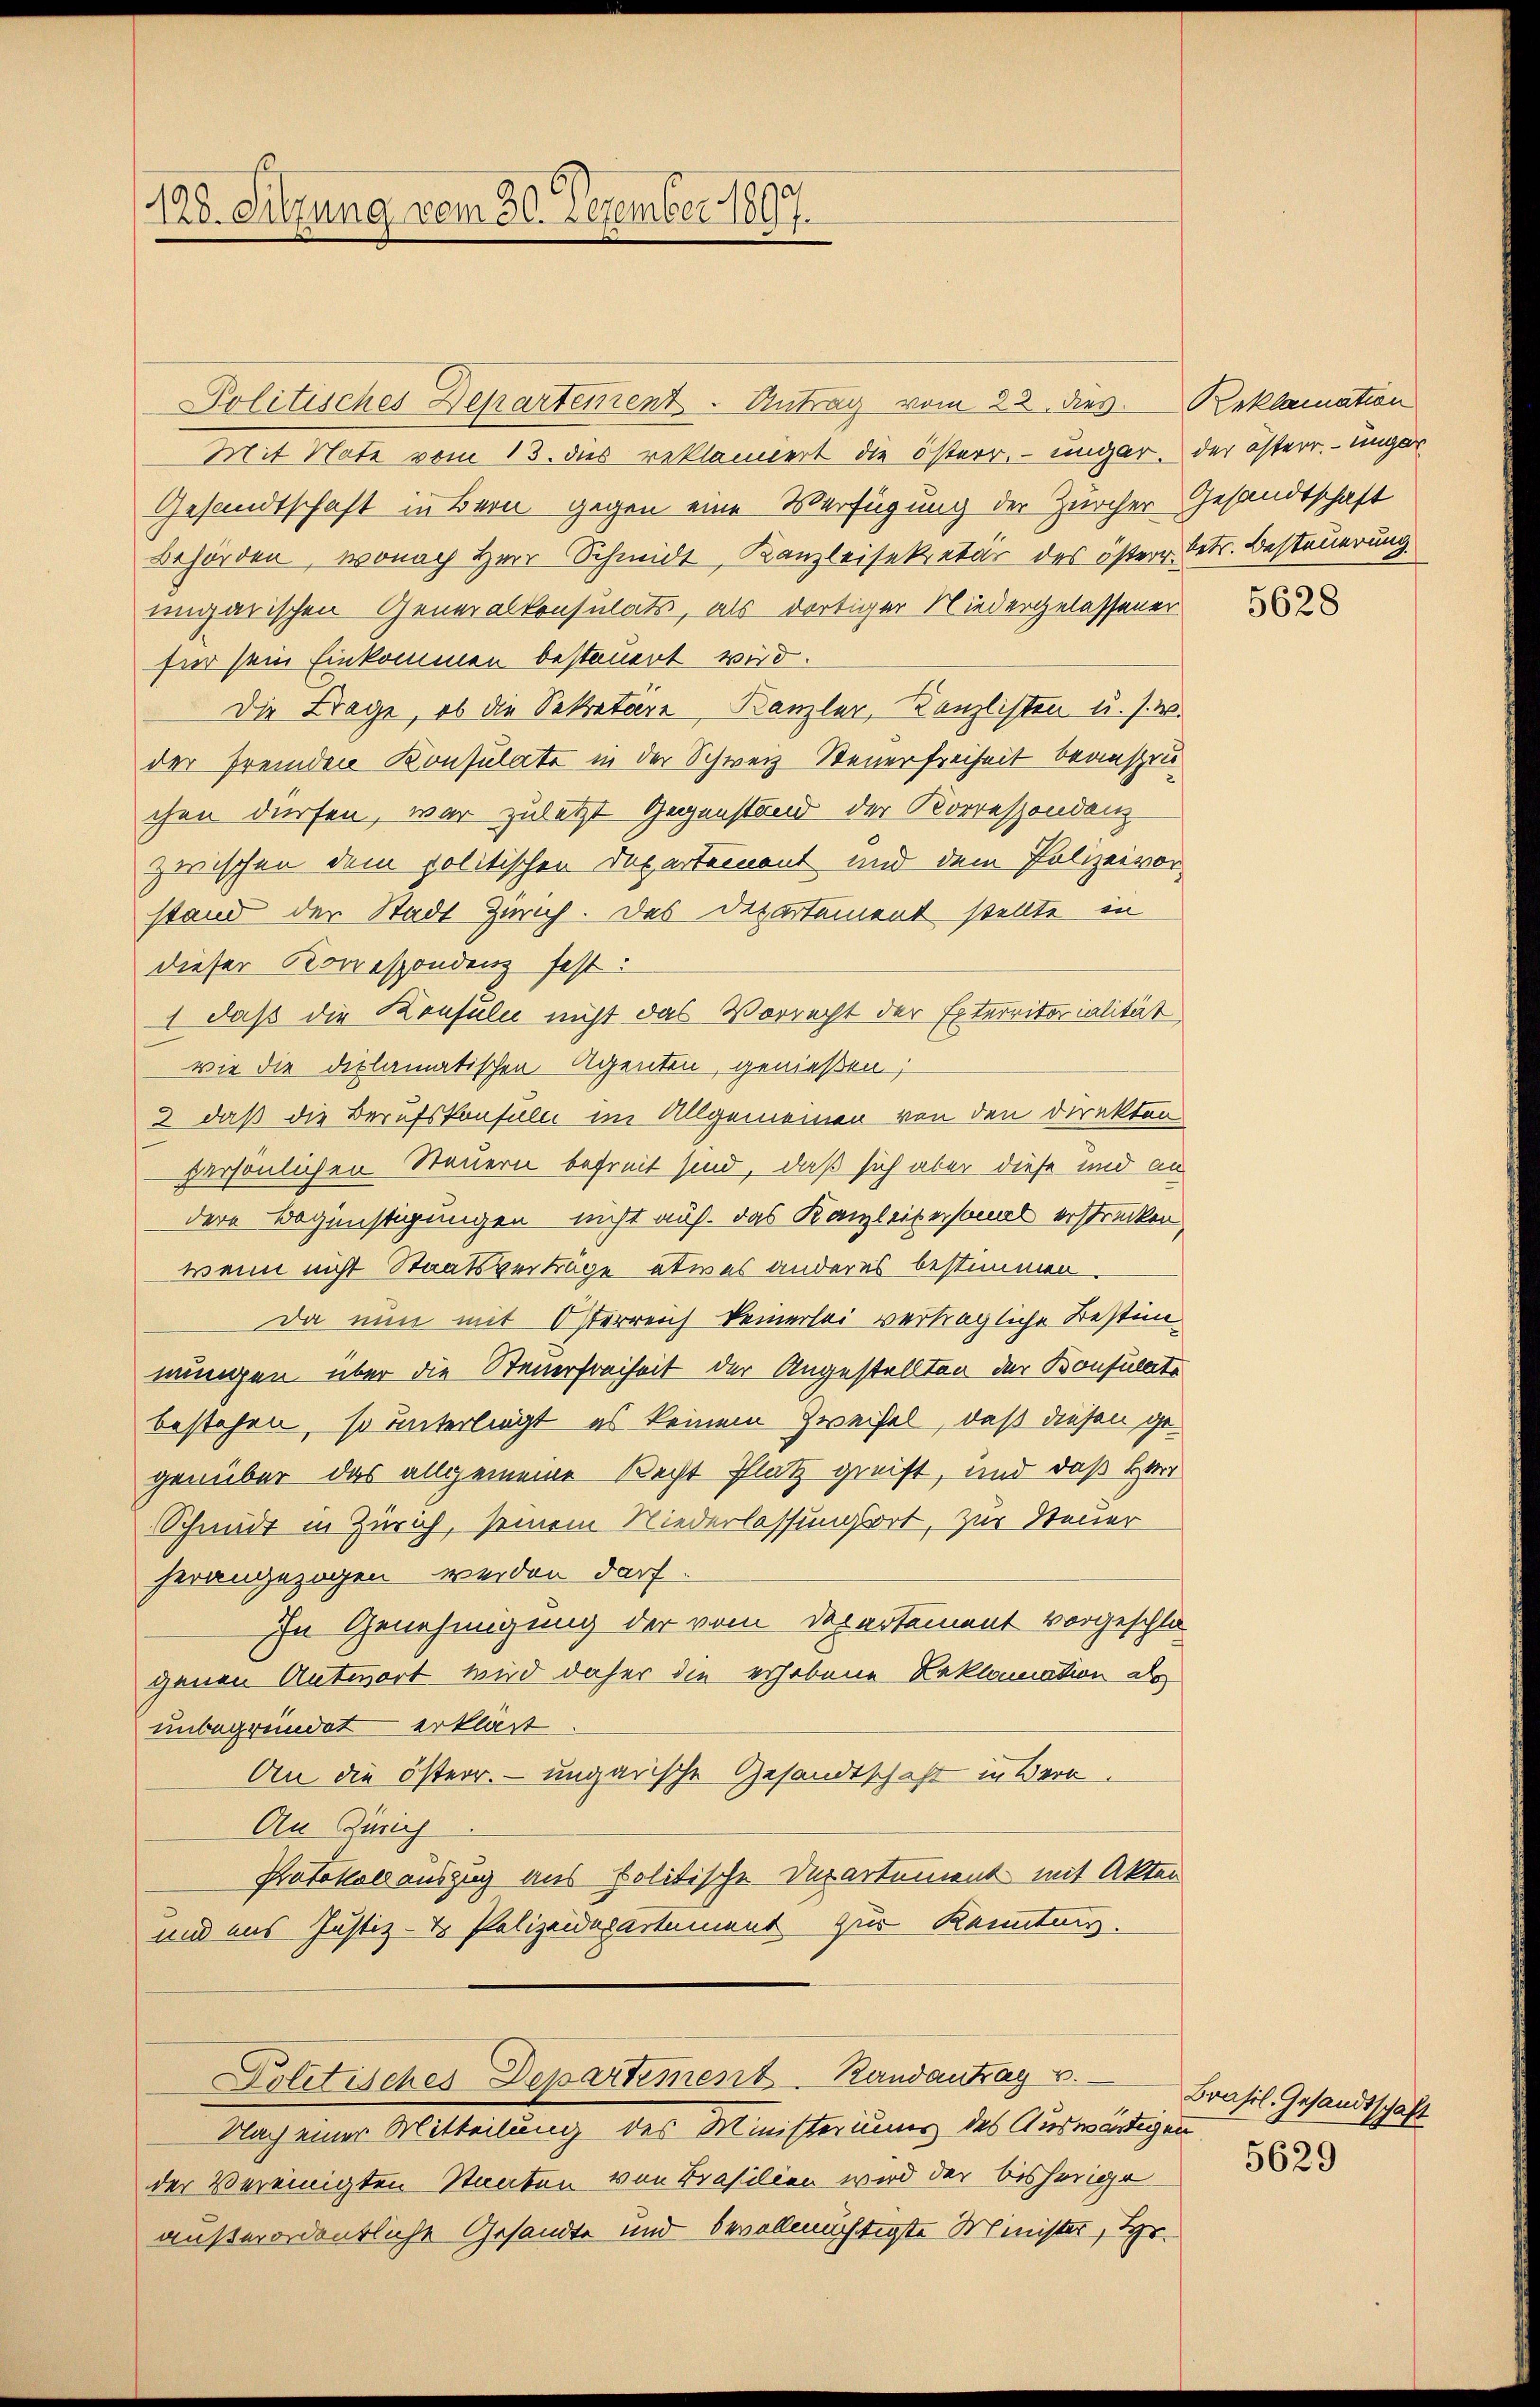
.
19
20. Sitzung vom 30. Dezember 1897.

Politisches Departement - Antrag vom 22. dies Reklamation
Mit Note vom 13. dies reklamiert die österr. ungar. der österr. ungar
Gesandtschaft in Bern gegen eine Verfügung der Zürcher Gesandtschaft
Behörden, wonach Herr Schmidt, Kanzleisekretär des österr. Betr. Besteuerung
ungarischen Generalkonsulats, als dortiger Niedergelassener
für sein Einkommen besteuert wird.
Die Frage, ob die Sekretäre, Kanzler, Kanzlisten u. s. w.
der fremden Konsulate in der Schweiz Steuerfreiheit beanspru
chen dürfen, war zuletzt Gegenstand der Korrespondenz
zwischen dem politischen Departemont und dem Polizeivor-
stand der Stadt Zürich. Das Departement stellte in
dieser Korrespondenz fest:
1 daß die Konsuln nicht das Vorrecht der Exterritorialität
wie die diplamatischen Agenten, genießen;
3 daß die Berufskonsuln im Allgemeinen von den Direkten
persönlichen Steuern befreit sind, daß sich aber diese und an
dere Begünstigungen nicht auf. Das Kanzleitersonal erstrecken,
wenn nicht Staatsverträge etwas anderes bestimmen.
Da nun mit Osterreich keinerlei verträgliche Bestimmungen über die Steuerfreiheit der Angestellten der Bonsulate
bestehen, so unterliegt es keinem Zweifel, daß diesen gegenüber das allgemeine Recht Platz greift, und daß Herr
Schmidt in Zürich, seinem Niederlassungsort, zur Steuer
herangezogen werden darf.
In Genehmigung der vom Departement vorgeschlo
genen Antwort wird daher die erhobene Reklamation als
unbegründet erklärt
An die österr. ungarische Gesandtschaft in Bern
An Zürich
Katokolauszug aus Politische Departement mit Akten
und aus Justiz- & Polizeidepartement zur Kenntung.
Politisches Departement Randantrag v.
Nach einer Mitteilung des Ministeriums des Auswärtigen
der Vereinigten Staaten von Brasilien wird der bisherige
außerordentliche Gesandte und bevollmächtigte Minister, Her¬

5628

Brasil Gesandtschaft
5629